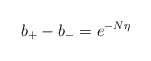
\begin{align*}b_+ -b_- =e^{-N \eta}\end{align*}